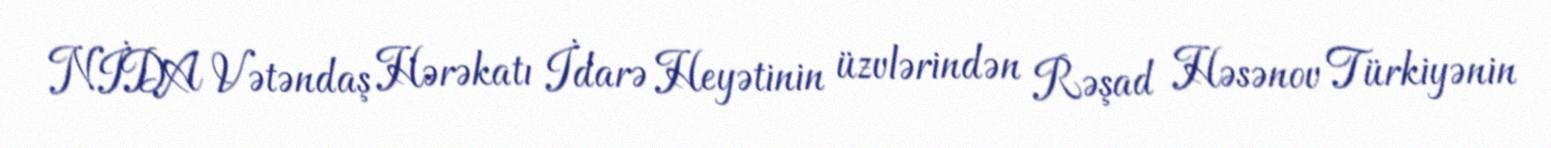
NİDA Vətəndaş Hərəkatı İdarə Heyətinin üzvlərindən Rəşad Həsənov Türkiyənin